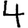
Digit: 4